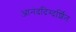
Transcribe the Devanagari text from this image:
आनंददिग्दर्शित